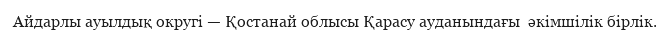
Айдарлы ауылдық округі — Қостанай облысы Қарасу ауданындағы  әкімшілік бірлік.